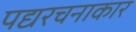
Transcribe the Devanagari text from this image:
पद्यरचनाकार